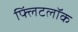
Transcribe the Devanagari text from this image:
फ्लिंटलॉक